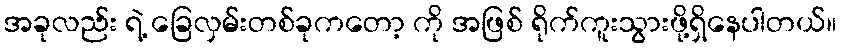
အခုလည်း ရဲ့ ခြေလှမ်းတစ်ခုကတော့ ကို အဖြစ် ရိုက်ကူးသွားဖို့ရှိနေပါတယ်။